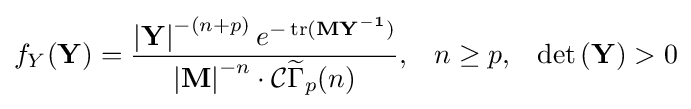
f_{Y}(\mathbf {Y} )={\frac {\left|\mathbf {Y} \right|^{-(n+p)}e^{-\operatorname {tr} (\mathbf {M} \mathbf {Y^{-1}} )}}{\left|\mathbf {M} \right|^{-n}\cdot {\mathcal {C}}{\widetilde {\Gamma }}_{p}(n)}},\;\;\;n\geq p,\;\;\;\det \left(\mathbf {Y} \right)>0